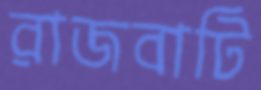
রাজবাটি